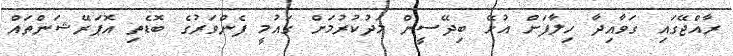
ރާއްޖޭގައި ގަވާއިދާ ހިލާފަށް އުޅޭ ބިދޭސީން މަދުކުރުމަށް ގައުމީ ފެންވަރުގެ ބޮޑެތި އޮޕަރޭޝަންތައް